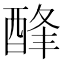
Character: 𨡃